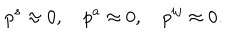
LaTeX: p ^ { s } \approx 0 , \quad p ^ { a } \approx 0 , \quad p ^ { i j } \approx 0 .